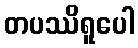
တပဿိရူပေါ